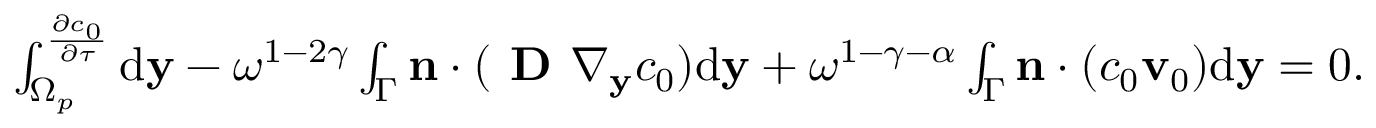
\begin{array} { r } { \int _ { \Omega _ { p } } ^ \frac { \partial c _ { 0 } } { \partial \tau } \mathrm d \mathbf y - \omega ^ { 1 - 2 \gamma } \int _ { \Gamma } \mathbf { n } \cdot ( \textbf { D } \nabla _ { \mathbf y } c _ { 0 } ) \mathrm d \mathbf y + \omega ^ { 1 - \gamma - \alpha } \int _ { \Gamma } \mathbf n \cdot ( c _ { 0 } \mathbf v _ { 0 } ) \mathrm d \mathbf y = 0 . } \end{array}